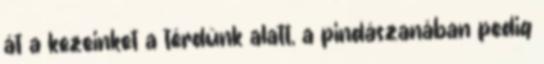
át a kezeinket a térdünk alatt, a pindászanában pedig